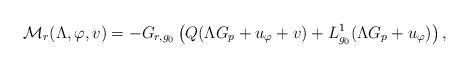
LaTeX: \begin{align*}\mathcal{M}_r(\Lambda,\varphi,v) = -G_{r,{{g_0}}}\left(Q(\Lambda G_{p} +u_{\varphi}+v)+L_{g_0}^1(\Lambda G_{p}+u_{\varphi})\right),\end{align*}